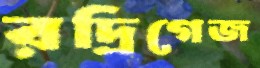
রদ্রিগেজ